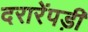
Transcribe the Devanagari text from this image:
दरारेंपड़ीं